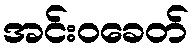
အင်းဝခေတ်